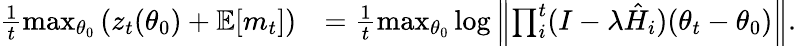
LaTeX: \begin{array}{rl}{\frac{1}{t}\operatorname*{max}_{\theta_{0}}\left(z_{t}(\theta_{0})+\mathbb{E}[m_{t}]\right)}&{=\frac{1}{t}\operatorname*{max}_{\theta_{0}}\log\left\| \prod_{i}^{t}(I-\lambda\hat{H}_{i})(\theta_{t}-\theta_{0})\right\| .}\end{array}